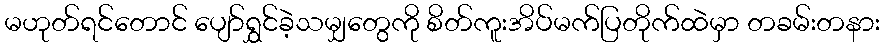
မဟုတ်ရင်တောင် ပျော်ရွှင်ခဲ့သမျှတွေကို စိတ်ကူးအိပ်မက်ပြတိုက်ထဲမှာ တခမ်းတနား